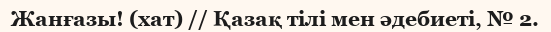
Жанғазы! (хат) // Қазақ тілі мен әдебиеті, № 2.